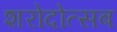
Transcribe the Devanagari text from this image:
शरोदोत्सब